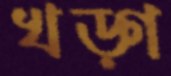
খড়্‌গ